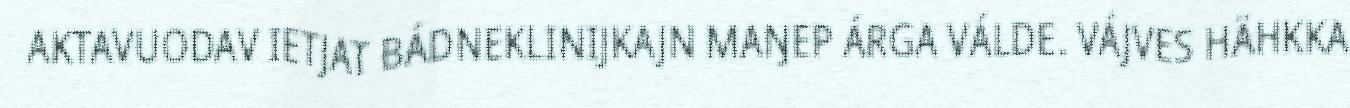
AKTAVUODAV IETJAT BÁDNEKLINIJKAJN MAŊEP ÁRGA VÁLDE. VÁJVES HÄHKKA